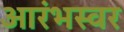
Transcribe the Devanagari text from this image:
आरंभस्वर